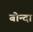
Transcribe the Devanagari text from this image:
बोन्‍दा